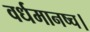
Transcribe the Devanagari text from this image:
वर्धमानष्च।